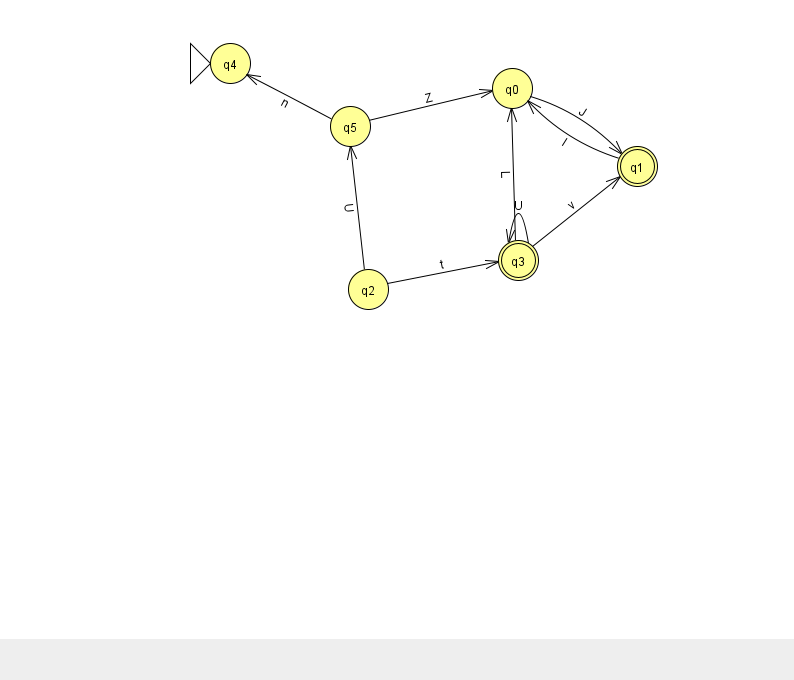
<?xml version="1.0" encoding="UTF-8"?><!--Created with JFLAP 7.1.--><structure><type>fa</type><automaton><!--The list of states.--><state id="0" name="q0"><x>512.0</x><y>75.0</y></state><state id="1" name="q1"><x>637.0</x><y>153.0</y><final/></state><state id="2" name="q2"><x>368.0</x><y>276.0</y></state><state id="3" name="q3"><x>518.0</x><y>247.0</y><final/></state><state id="4" name="q4"><x>230.0</x><y>50.0</y><initial/></state><state id="5" name="q5"><x>350.0</x><y>113.0</y></state><!--The list of transitions.--><transition><from>5</from><to>4</to><read>n</read></transition><transition><from>0</from><to>1</to><read>J</read></transition><transition><from>2</from><to>5</to><read>U</read></transition><transition><from>3</from><to>1</to><read>v</read></transition><transition><from>1</from><to>0</to><read>l</read></transition><transition><from>3</from><to>3</to><read>U</read></transition><transition><from>3</from><to>0</to><read>L</read></transition><transition><from>5</from><to>0</to><read>Z</read></transition><transition><from>2</from><to>3</to><read>t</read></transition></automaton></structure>